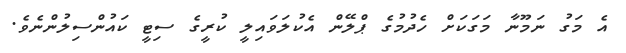
އެ މަގު ނަމޫނާ މަގަކަށް ހެދުމުގެ ޕްލޭން އެކުލަވައިލީ ކުރީގެ ސިޓީ ކައުންސިލުންނެވެ.